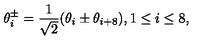
\theta _ { i } ^ { \pm } = \frac { 1 } { \sqrt { 2 } } ( \theta _ { i } \pm \theta _ { i + 8 } ) , 1 \leq i \leq 8 ,